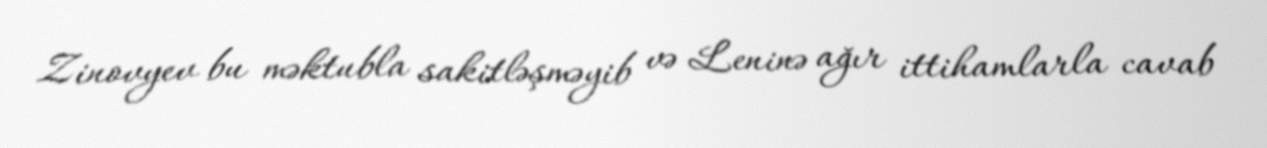
Zinovyev bu məktubla sakitləşməyib və Leninə ağır ittihamlarla cavab